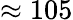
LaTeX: \approx 105